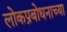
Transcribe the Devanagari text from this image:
लोकप्रबोधनाच्या